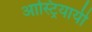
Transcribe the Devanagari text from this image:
आस्ट्रियायी